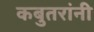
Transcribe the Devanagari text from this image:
कबुतरांनी